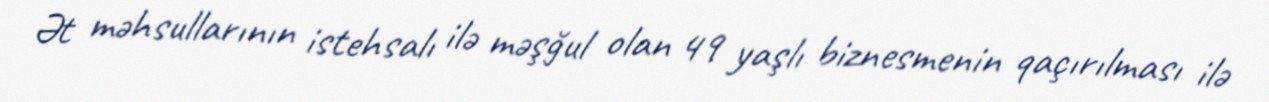
Ət məhsullarının istehsalı ilə məşğul olan 49 yaşlı biznesmenin qaçırılması ilə